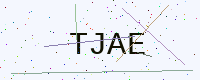
Text: TJAE